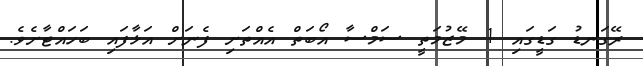
ރޭގަނޑު ގަޑީގައި 1 މޭޒުމަތީ ސަމްސާ އޯބަތް އެއްތަށި ފެނަށް އަޅާފައި ބަހައްޓާށެވެ.